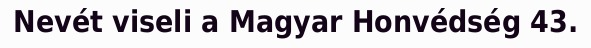
Nevét viseli a Magyar Honvédség 43.